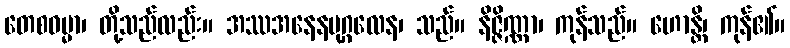
တေစဓမ္မာ၊ တို့သည်လည်း။ အဿအနေနပုဂ္ဂလေန၊ သည်။ နိဇ္ဇိဏ္ဏာ၊ ကုန်သည်။ ဟောန္တိ၊ ကုန်၏။